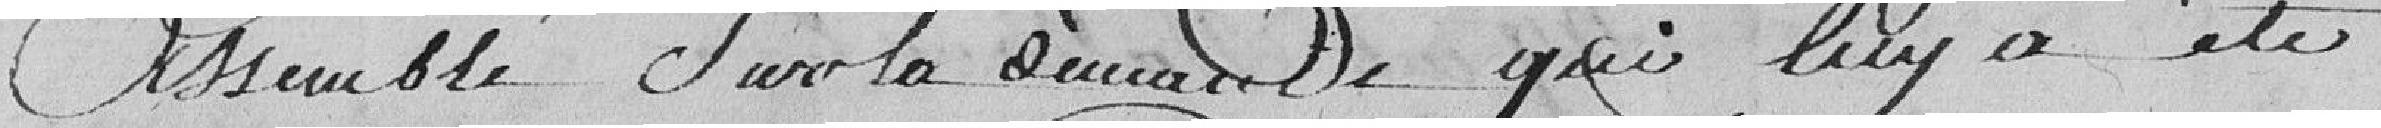
assemblé sur la demande qui lui a été